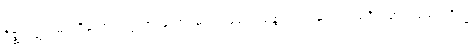
ဂိဇ္ဈကုဋ်အမည်ရှိသော။ ပဗ္ဗတာ၊ တောင်မှ။ ဩရောဟန္တော၊ သက်ဆင်းသည်ရှိသော်။ အညတရိသ္မိံ၊